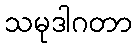
သမုဒါဂတာ